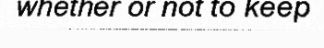
whether or not to keep